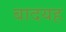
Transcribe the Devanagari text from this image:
बादयह